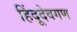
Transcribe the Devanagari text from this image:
हिंदूदेवगण